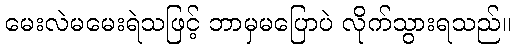
မေးလဲမမေးရဲသဖြင့် ဘာမှမပြောပဲ လိုက်သွားရသည်။